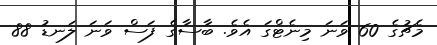
މެޗުގެ 60 ވަނަ މިނެޓްގަ އެވެ. ބާސާގެ ފަސް ވަނަ ލަނޑު 88